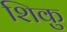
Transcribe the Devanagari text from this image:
शिकु